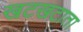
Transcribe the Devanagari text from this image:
खटखटाता